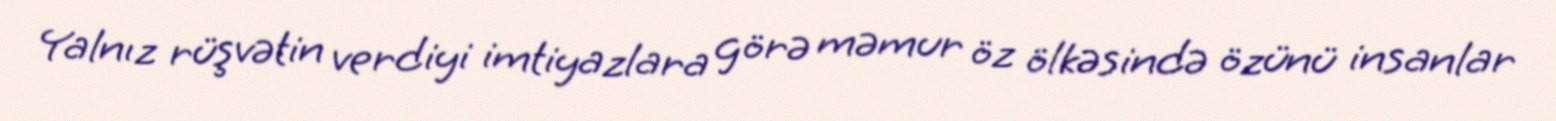
Yalnız rüşvətin verdiyi imtiyazlara görə məmur öz ölkəsində özünü insanlar